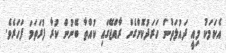
އެކަމަކު މިއީ ދައުލަތުން ހަރަދުކޮށްގެން ރާއްޖޭގައި ކުއްތާ ބޭނުން ކުރާ ފުރަތަމަ ފަހަރެވެ.